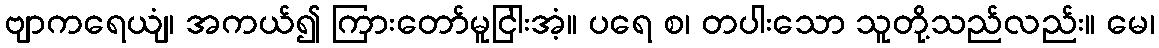
ဗျာကရေယျံ၊ အကယ်၍ ကြားတော်မူငြါးအံ့။ ပရေ စ၊ တပါးသော သူတို့သည်လည်း။ မေ၊